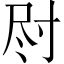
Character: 𫵛